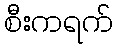
စီးကရက်